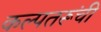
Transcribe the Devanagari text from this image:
कल्पतरूंची